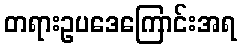
တရားဥပဒေကြောင်းအရ